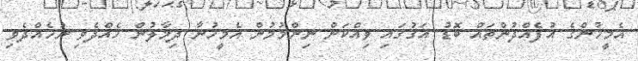
އެމީހުންގެ އުފެއްދުންތައް ބޮޑު އަގުގައި ވިއްކަން ނިންމުމުން އެމީހުނާ ދިމާލުން ހެއްދެވި ނުހެއްދެވި